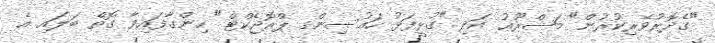
"ގެދޮރުވެރިކުރުން" މަޝްރޫޢު އަދި "ގުޅީފަޅު ހައުސިންގ ޕްރޮޖެކްޓް" ހިންގާފައިވާ ގޮތް ބަލައި އެ